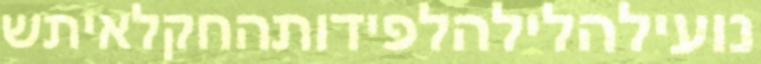
נועילהלילהלפידותהחקלאיתש